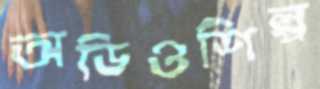
অডিওশিল্প